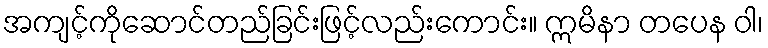
အကျင့်ကိုဆောင်တည်ခြင်းဖြင့်လည်းကောင်း။ ဣမိနာ တပေန ဝါ၊